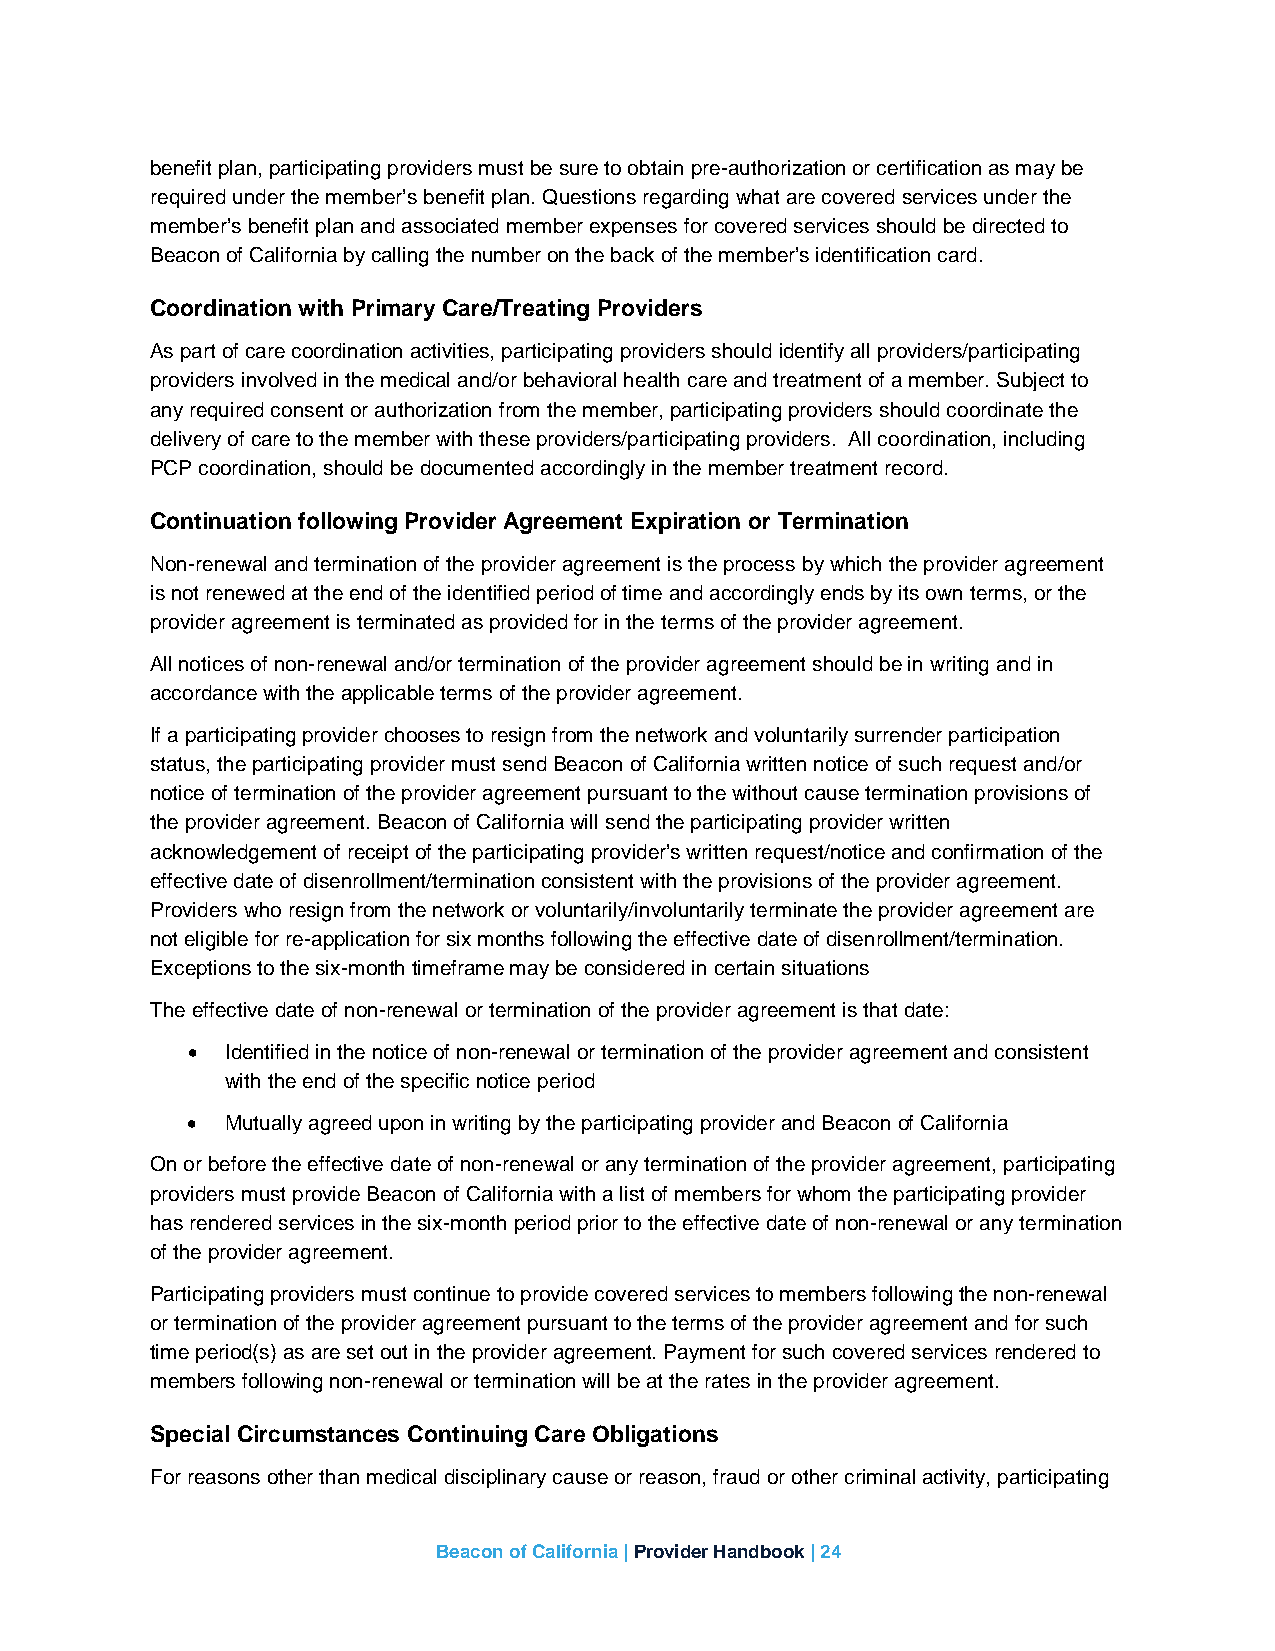
benefit plan, participating providers must be sure to obtain pre-authorization or certification as may be
 required under the member’s benefit plan. Questions regarding what are covered services under the
 member’s benefit plan and associated member expenses for covered services should be directed to
 Beacon of California by calling the number on the back of the member’s identification card.
 Coordination with Primary Care/Treating Providers
 As part of care coordination activities, participating providers should identify all providers/participating
 providers involved in the medical and/or behavioral health care and treatment of a member. Subject to
 any required consent or authorization from the member, participating providers should coordinate the
 delivery of care to the member with these providers/participating providers. All coordination, including
 PCP coordination, should be documented accordingly in the member treatment record.
 Continuation following Provider Agreement Expiration or Termination
 Non-renewal and termination of the provider agreement is the process by which the provider agreement
 is not renewed at the end of the identified period of time and accordingly ends by its own terms, or the
 provider agreement is terminated as provided for in the terms of the provider agreement.
 All notices of non-renewal and/or termination of the provider agreement should be in writing and in
 accordance with the applicable terms of the provider agreement.
 If a participating provider chooses to resign from the network and voluntarily surrender participation
 status, the participating provider must send Beacon of California written notice of such request and/or
 notice of termination of the provider agreement pursuant to the without cause termination provisions of
 the provider agreement. Beacon of California will send the participating provider written
 acknowledgement of receipt of the participating provider’s written request/notice and confirmation of the
 effective date of disenrollment/termination consistent with the provisions of the provider agreement.
 Providers who resign from the network or voluntarily/involuntarily terminate the provider agreement are
 not eligible for re-application for six months following the effective date of disenrollment/termination.
 Exceptions to the six-month timeframe may be considered in certain situations
 The effective date of non-renewal or termination of the provider agreement is that date:
 •  Identified in the notice of non-renewal or termination of the provider agreement and consistent
 with the end of the specific notice period
 •  Mutually agreed upon in writing by the participating provider and Beacon of California
 On or before the effective date of non-renewal or any termination of the provider agreement, participating
 providers must provide Beacon of California with a list of members for whom the participating provider
 has rendered services in the six-month period prior to the effective date of non-renewal or any termination
 of the provider agreement.
 Participating providers must continue to provide covered services to members following the non-renewal
 or termination of the provider agreement pursuant to the terms of the provider agreement and for such
 time period(s) as are set out in the provider agreement. Payment for such covered services rendered to
 members following non-renewal or termination will be at the rates in the provider agreement.
 Special Circumstances Continuing Care Obligations
 For reasons other than medical disciplinary cause or reason, fraud or other criminal activity, participating
 Beacon of California | Provider Handbook | 24